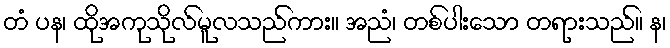
တံ ပန၊ ထိုအကုသိုလ်မူလသည်ကား။ အညံ၊ တစ်ပါးသော တရားသည်။ န၊